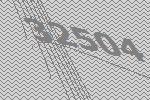
32504